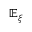
\mathbb { E } _ { \xi }